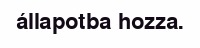
állapotba hozza.